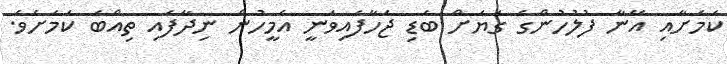
ކަމަށާއި އޭނާ ފުލުހުންގެ ގަޔަށް ބަޑި ޖަހާފައިވަނީ އެމީހުން ނިދާފައި ތިއްބަ ކަމަށެވެ.